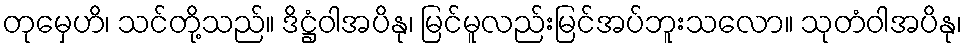
တုမှေဟိ၊ သင်တို့သည်။ ဒိဋ္ဌံဝါအပိနု၊ မြင်မူလည်းမြင်အပ်ဘူးသလော။ သုတံဝါအပိနု၊